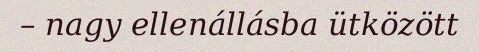
– nagy ellenállásba ütközött